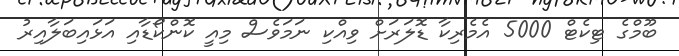
ބޫމްގެ ޓިކެޓް 5000 އެމެރިކާ ޑޮލަރަށް ވިއްކި ނަމަވެސް މިއީ ކޮންކޯޑާއި އަޅައިބަލާއިރު